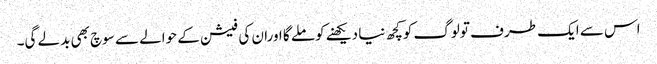
اس سے ایک طرف تولوگ کوکچھ نیا دیکھنے کوملے گا اوران کی فیشن کے حوالے سے سوچ بھی بدلے گی۔